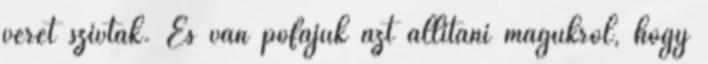
vérét szívták. És van pofájuk azt állítani magukról, hogy